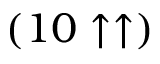
( 1 0 \uparrow \uparrow )